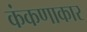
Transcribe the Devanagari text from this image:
कंकणाकार